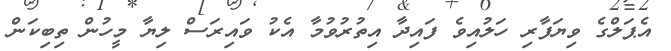
އެޕަލްގެ ވިޔަފާރި ހަލުއިވެ ފައިދާ އިތުރުވުމާ އެކު ވައިރަސް ލިޔާ މީހުން ތިބިކަން